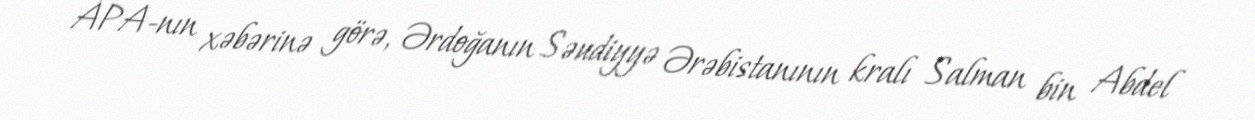
APA-nın xəbərinə görə, Ərdoğanın Səudiyyə Ərəbistanının kralı Salman bin Abdel